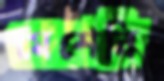
মেশেনি